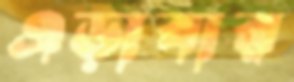
এড়াবার